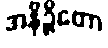
အနိဉ္ဇိတော